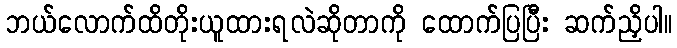
ဘယ်လောက်ထိတိုးယူထားရလဲဆိုတာကို ထောက်ပြပြီး ဆက်ညှိပါ။